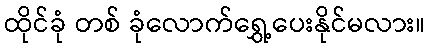
ထိုင်ခုံ တစ် ခုံလောက်ရွှေ့ပေးနိုင်မလား။